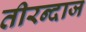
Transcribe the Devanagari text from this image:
तीरन्दाज